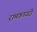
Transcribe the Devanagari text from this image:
रामकायरी